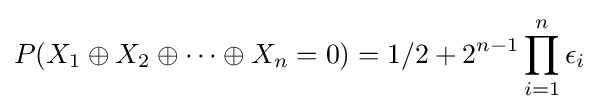
P(X_{1}\oplus X_{2}\oplus \cdots \oplus X_{n}=0)=1/2+2^{n-1}\prod _{i=1}^{n}\epsilon _{i}